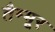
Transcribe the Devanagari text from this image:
तैम्मूर